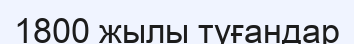
1800 жылы туғандар